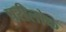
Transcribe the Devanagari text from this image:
परीलोक